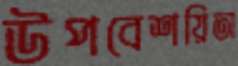
উপবেশয়িতা